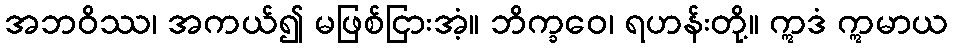
အဘဝိဿ၊ အကယ်၍ မဖြစ်ငြားအံ့။ ဘိက္ခဝေ၊ ရဟန်းတို့။ ဣဒံ ဣမာယ